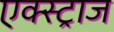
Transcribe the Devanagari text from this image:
एक्स्ट्राज